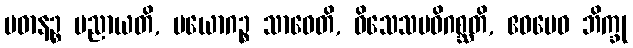
ပဓာနဉ္စ ပညာယတိ, ပယောဂဉ္စ သာဓေတိ, ဝိသေသမဓိဂစ္ဆတိ, ဧဝမေဝ ဘိက္ခု